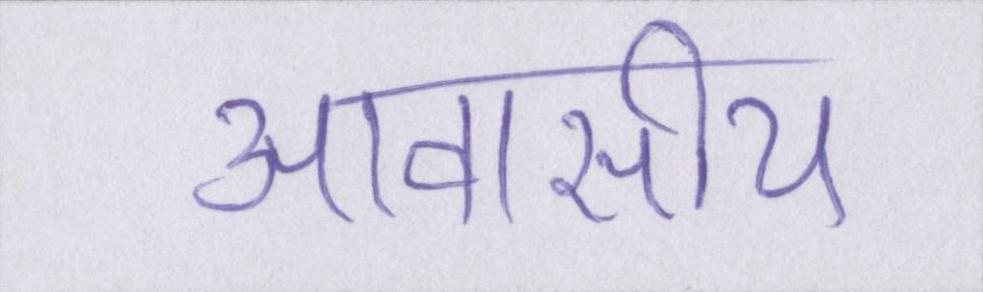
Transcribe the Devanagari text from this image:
आवासीय